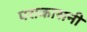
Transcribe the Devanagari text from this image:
पराकासनी